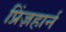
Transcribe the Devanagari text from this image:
प्रिंज़हार्न